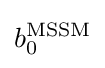
b_{0}^{\text{MSSM}}